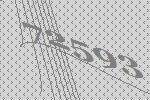
72593